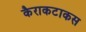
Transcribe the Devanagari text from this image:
कैराकटाकस